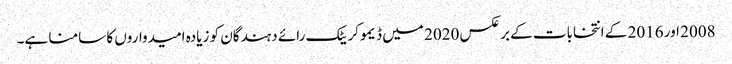
2008 اور 2016 کے انتخابات کے برعکس 2020 میں ڈیموکریٹک رائے دہندگان کو زیادہ امیدواروں کا سامنا ہے۔